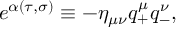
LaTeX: e ^ { \alpha ( \tau , \sigma ) } \equiv - \eta _ { \mu \nu } q _ { + } ^ { \mu } q _ { - } ^ { \nu } ,